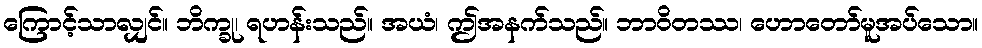
ကြောင့်သာလျှင်။ ဘိက္ခု၊ ရဟန်းသည်။ အယံ၊ ဤအနက်သည်။ ဘာဝိတဿ၊ ဟောတော်မူအပ်သော။